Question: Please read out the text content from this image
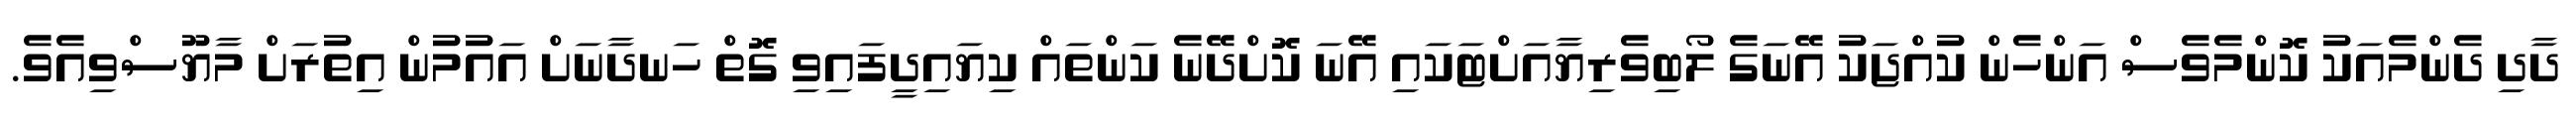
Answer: ދާދި ދެންމެއަކު ކޮންމެވެސް އަންހެން ކުއްޖަކު އޭނަގެ ލޯބިވެރިޔާއަށްޓަކައި އޭނަ ކޮށްދޭނެ ކަންތައް ކިޔައިދީފައިވި ގޮތް ހަނދާނަށް އައުމުން އިތުރަށް މާޔޫސްވިއެވެ.